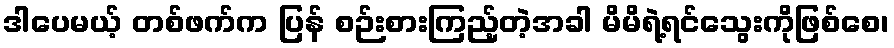
ဒါပေမယ့် တစ်ဖက်က ပြန် စဉ်းစားကြည့်တဲ့အခါ မိမိရဲ့ရင်သွေးကိုဖြစ်စေ၊